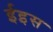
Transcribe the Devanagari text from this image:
ईइस